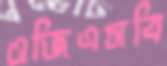
ওজিএসবি